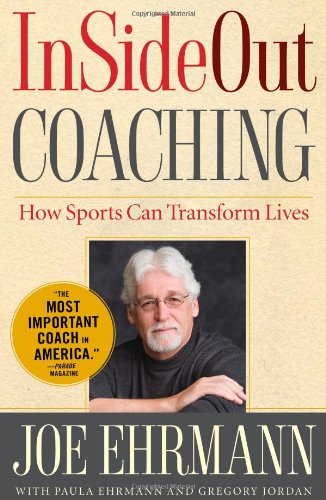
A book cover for InSideOut Coaching: How Sports Can Transform Lives; Joe Ehrmann; Biographies & Memoirs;